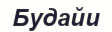
Будайи